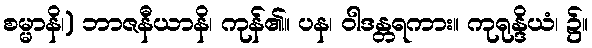
စမ္မာနိ၊) ဘာဇနီယာနိ၊ ကုန်၏။ ပန၊ ဝါဒန္တရကား။ ကုရုန္ဒိယံ၊ ၌။